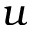
u